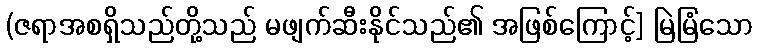
(ဇရာအစရှိသည်တို့သည် မဖျက်ဆီးနိုင်သည်၏ အဖြစ်ကြောင့်] မြဲမြံသော